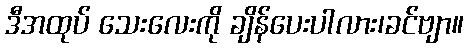
ဒီအထုပ် သေးလေးကို ချိန်ပေးပါလား၊ခင်ဗျာ။